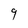
Character: 9